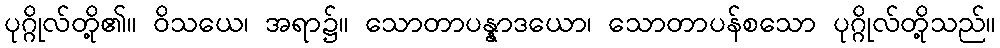
ပုဂ္ဂိုလ်တို့၏။ ဝိသယေ၊ အရာ၌။ သောတာပန္နာဒယော၊ သောတာပန်စသော ပုဂ္ဂိုလ်တို့သည်။